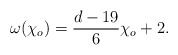
\begin{align*}\omega({\chi_o})={{d-19}\over{6}}{\chi_o}+2.\end{align*}